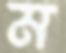
ম